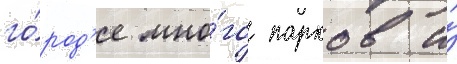
го́род'е мно́го парков и́